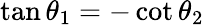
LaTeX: \tan\theta_{1}=-\cot\theta_{2}